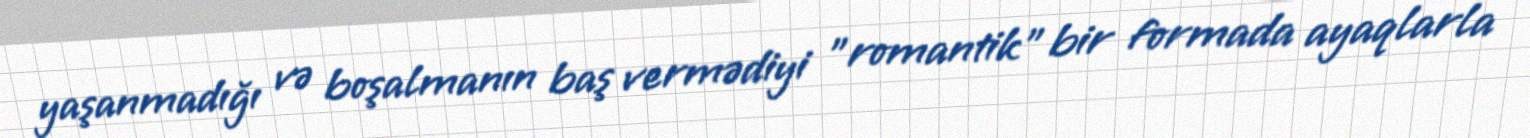
yaşanmadığı və boşalmanın baş vermədiyi "romantik" bir formada ayaqlarla